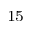
_ { 1 5 }